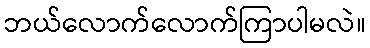
ဘယ်လောက်လောက်ကြာပါမလဲ။